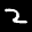
Label: 2